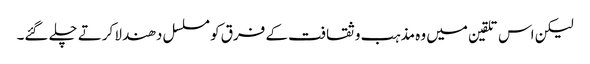
لیکن اس تلقین میں وہ مذہب و ثقافت کے فرق کو مسلسل دھندلا کرتے چلے گئے۔